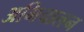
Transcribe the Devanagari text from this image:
अभिचालन